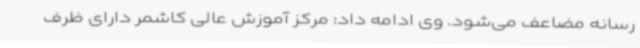
رسانه مضاعف می‌شود. وی ادامه داد: مرکز آموزش عالی کاشمر دارای ظرف